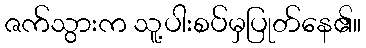
ဇက်သွားက သူ့ပါးစပ်မှပြုတ်နေ၏။